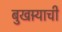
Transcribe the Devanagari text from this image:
बुखार्‍याची